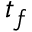
t _ { f }